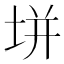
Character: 垪